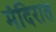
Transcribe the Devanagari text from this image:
मंदिरात